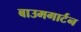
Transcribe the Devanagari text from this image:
बाउमगार्टन